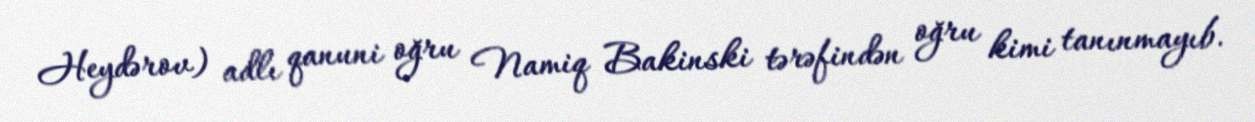
Heydərov) adlı qanuni oğru Namiq Bakinski tərəfindən oğru kimi tanınmayıb.